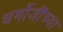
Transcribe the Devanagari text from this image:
धर्मोजींच्या